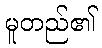
မူတည်၏